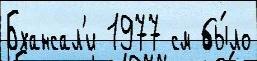
Бхансал'и 1977 см бы́ло